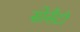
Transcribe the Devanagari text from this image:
सोसैटी